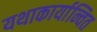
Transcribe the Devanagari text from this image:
यथाकार्यान्वित